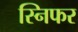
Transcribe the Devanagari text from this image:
स्निफर